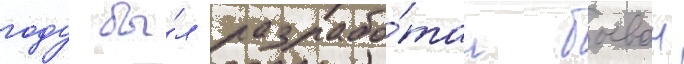
году бы́л разрабо́тан боевои